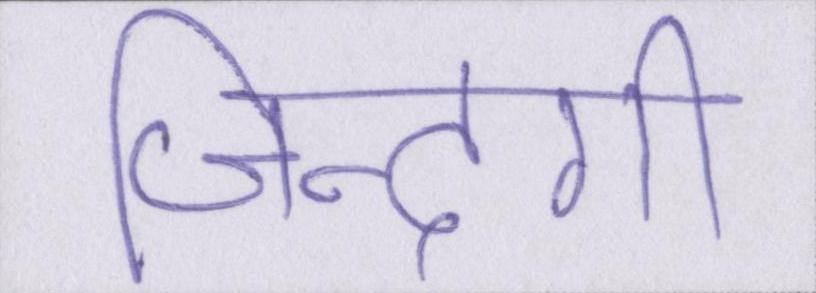
जिन्दगी